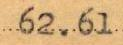
62.61